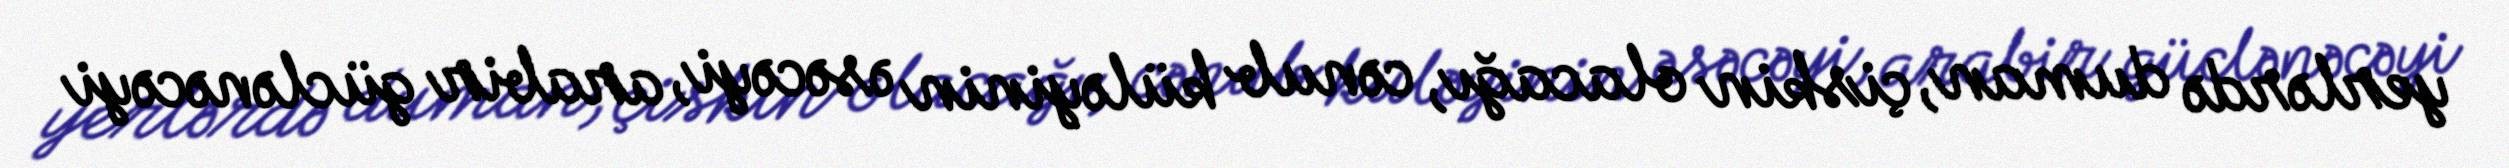
yerlərdə duman, çiskin olacağı, cənub küləyinin əsəcəyi, arabir güclənəcəyi